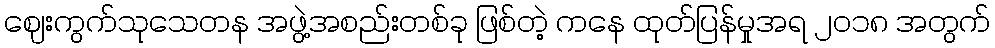
ဈေးကွက်သုသေတန အဖွဲ့အစည်းတစ်ခု ဖြစ်တဲ့ ကနေ ထုတ်ပြန်မှုအရ ၂၀၁၈ အတွက်